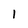
Character: 1